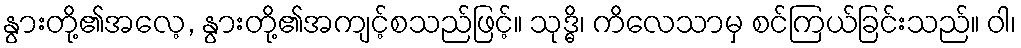
နွားတို့၏အလေ့, နွားတို့၏အကျင့်စသည်ဖြင့်။ သုဒ္ဓိ၊ ကိလေသာမှ စင်ကြယ်ခြင်းသည်။ ဝါ၊